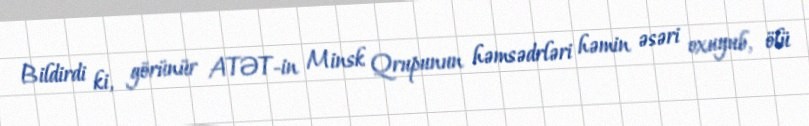
Bildirdi ki, görünür ATƏT-in Minsk Qrupunun həmsədrləri həmin əsəri oxuyub, ölü